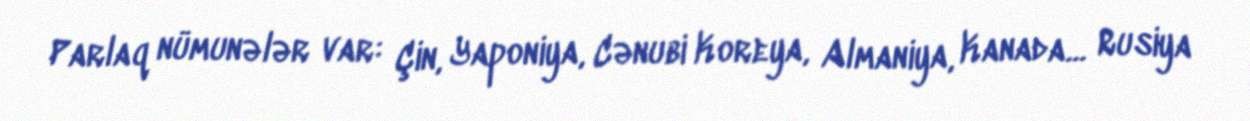
Parlaq nümunələr var: Çin, Yaponiya, Cənubi Koreya, Almaniya, Kanada... Rusiya